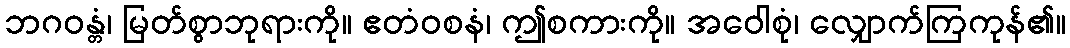
ဘဂဝန္တံ၊ မြတ်စွာဘုရားကို။ ဧတံဝစနံ၊ ဤစကားကို။ အဝေါစုံ၊ လျှောက်ကြကုန်၏။